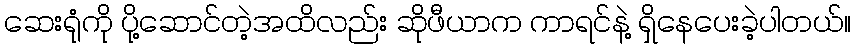
ဆေးရုံကို ပို့ဆောင်တဲ့အထိလည်း ဆိုဖီယာက ကာရင်နဲ့ ရှိနေပေးခဲ့ပါတယ်။